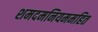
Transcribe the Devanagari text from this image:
शमदमनियममहित